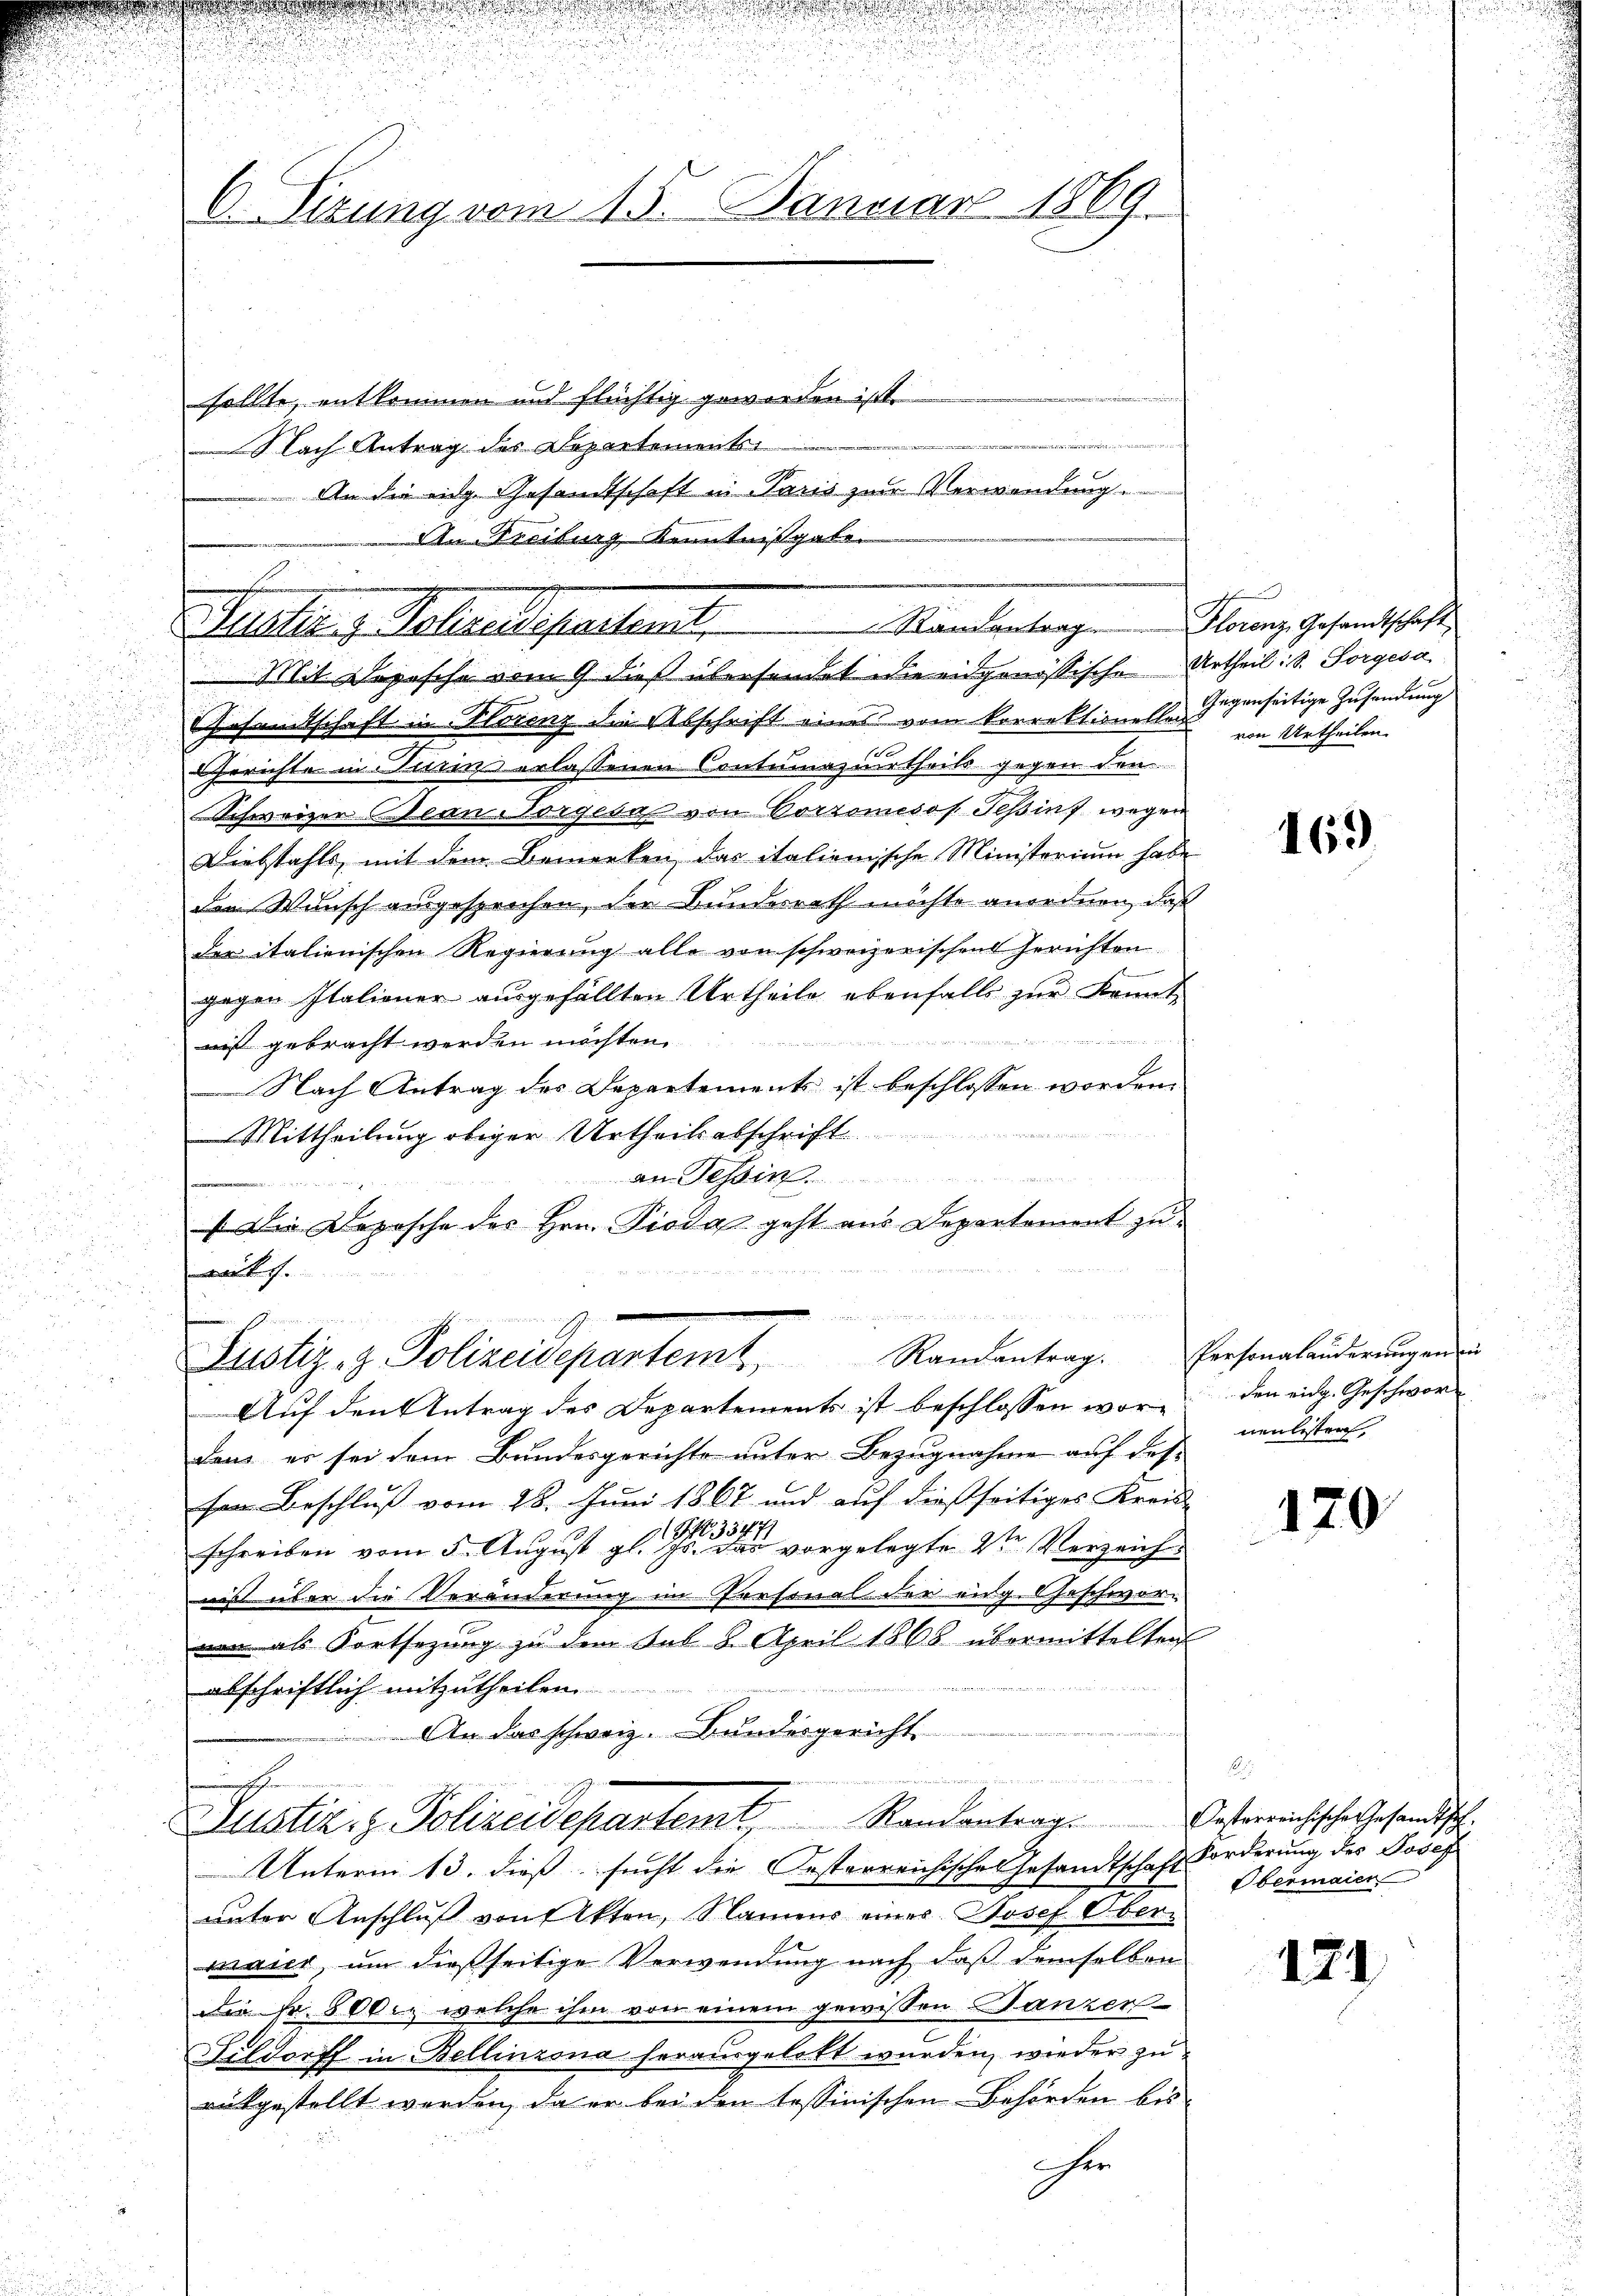
d
n
.
i

!!!!!!!!!!!!!!!!!!!!
.

e

6. Sizung vom 15. Januar 1869.

Randantrag
Alter , Waltendeparten.

Mit Dosische vom 9 dieß übersendet wie eidgenössische Urtheil d. Sorgesa
Gesamtschaft in Horenz die Abschrift eines vom Korrektionellos im Urtheilen.
Gerichte in Turin erlassenen Contumaziurtheils gegen den
Schweizer Bean Sorges von Corromesos Teßin wegen
Diebstahls, mit dem Bemerken, das italienische Ministerium habe
den Wunsch ausgesprochen, den Bundesrath möchte anordnen, daß
der italienischen Regierung alle von schweizerischen Gerichten
gegen Italiener ausgefällten Urtheile ebenfalls zur Kennt
a

nist gebracht werden möchten.
Nach Antrag des Departements ist beschlossen worden.
e
Mittheilung obiger Urtheilsabschrift
an Tessin
s Die Deposche des Hrn. Pioda geht aus Departement zu

f
Auf den Antrag des Departements ist beschlossen worden eidg. Geschworden er sei dem Bundesgerichte unter Bezugnahme auf des-
sen Beschluß vom 28. Juni 1867 und auf dießseitiges Kreis-
217.
schreiben vom 5. August gl.          vorgelegte 2ten Verzeichnis über die Veränderung im Personal der eidg. Geschwerven als Fortsezung zu dem Sel 8. April 1868 übermittelten
2ten in den Präsidente e
abschriftlich mitzutheilen
An das schweiz. Bundesgericht
inung einanderung
Zustiziz. Polizeidepartemt, Randantrag
Unterm 13. dieß sucht die Oesterreichisches Gesandtschaft
unter Anschluß von Akten, Namens einer Josef Ober-
mailt, um dießseitige Verwendung nach daß demselben
Die Fr. 800. welche ihm von einem gewissen anzer
Fildorff in Bellinzona herausgelebt wurden, wieder zu
rükgestellt werden, da er bei den tessinischen Behörden bis
r

n
x
Justiz- & Polizeidepartem Randantrag. Personalanderŭngenei

a

uung
d

sollte, entkommen und flüchtig geworden ist.
Nach Antrag des Departement
An die eidg. Gesandtschaft in Paris zur Verwendung.
An Freiburg Kenntnißgabe.

PFlorenz Gesandtschaft
Gegenseitige Zusendung

169

nenlisten,

170

Oesterreichische Gesamtsch.
Forderung des Josef
Obermaien

171